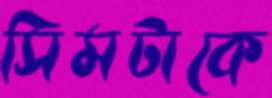
সিমটাকে